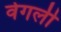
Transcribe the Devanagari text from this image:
वेगली